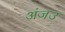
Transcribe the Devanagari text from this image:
अंजउ